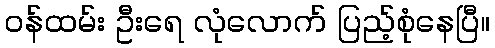
ဝန်ထမ်း ဦးရေ လုံလောက် ပြည့်စုံနေပြီ။